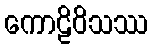
ကောဠိဝိသဿ